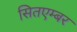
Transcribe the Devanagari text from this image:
सितएम्बर